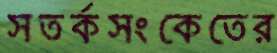
সতর্কসংকেতের